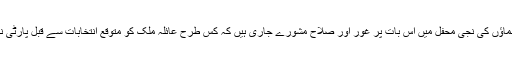
پارٹی کے کئی اجلاسوں اور رہنماﺅں کی نجی محفل میں اس بات پر غور اور صلاح مشورے جاری ہیں کہ کس طرح عائلہ ملک کو متوقع انتخابات سے قبل پارٹی نہ چھوڑنے پر راضی کیا جائے۔